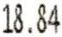
18.84